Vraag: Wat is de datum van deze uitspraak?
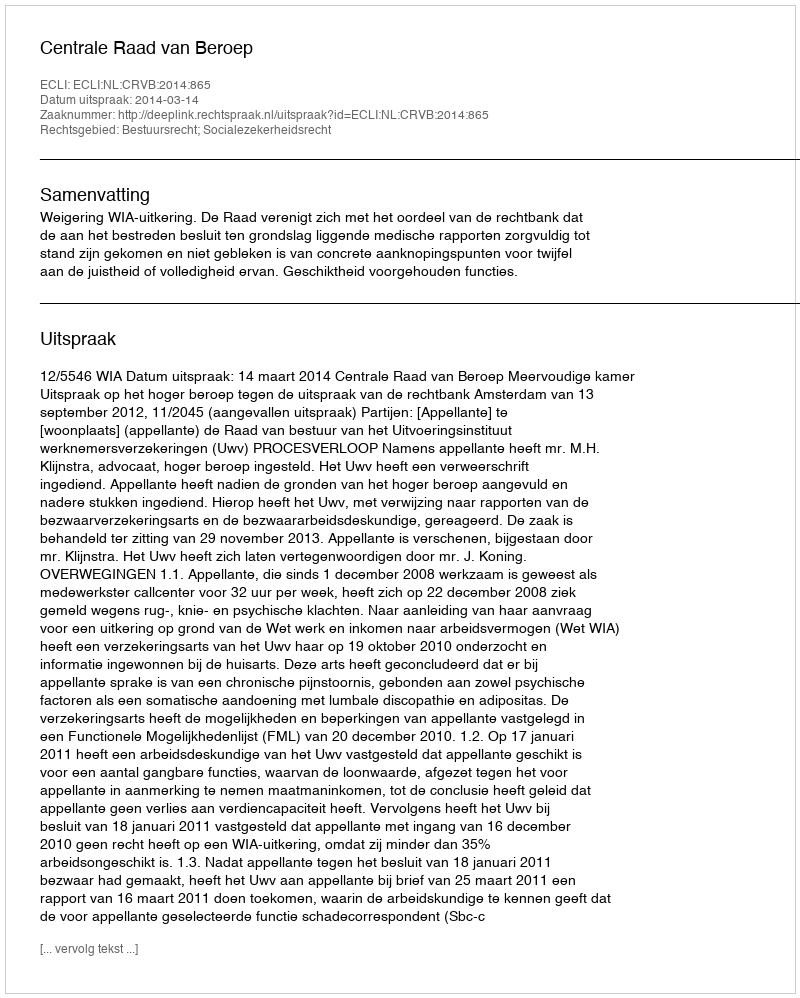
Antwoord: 2014-03-14